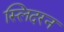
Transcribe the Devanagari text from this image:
स्लिदरन